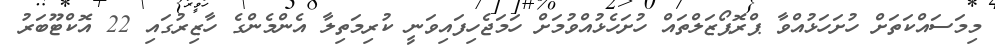
މިމަސައްކަތަށް ހުށަހަޅުއްވާ ޕްރޮޕޯޒަލްތައް ހުށަހެޅުއްވުމަށް ހަމަޖެހިފައިވަނީ ކުރިމަތިލާ އެންމެންގެ ހާޒިރުގައި 22 އޮކްޓޫބަރު